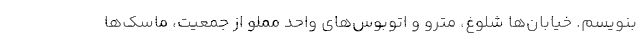
بنویسم. خیابان‌ها شلوغ، مترو و اتوبوس‌های واحد مملو از جمعیت، ماسک‌ها